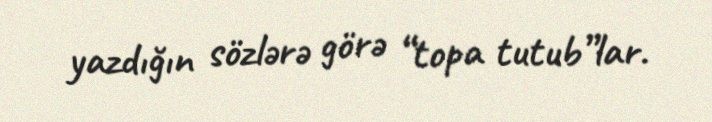
yazdığın sözlərə görə “topa tutub”lar.